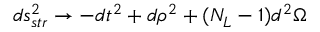
d s _ { s t r } ^ { 2 } \rightarrow - d t ^ { 2 } + d \rho ^ { 2 } + ( N _ { L } - 1 ) d ^ { 2 } \Omega